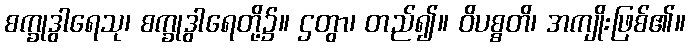
စက္ခုဒွါရေသု၊ စက္ခုဒွါရေတို့၌။ ဌတွာ၊ တည်၍။ ဝိပစ္စတိ၊ အကျိုးဖြစ်၏။